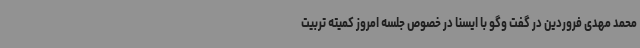
محمد مهدی فروردین در گفت وگو با ایسنا در خصوص جلسه امروز کمیته تربیت